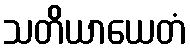
သတိယာယေတံ